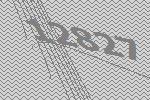
12827